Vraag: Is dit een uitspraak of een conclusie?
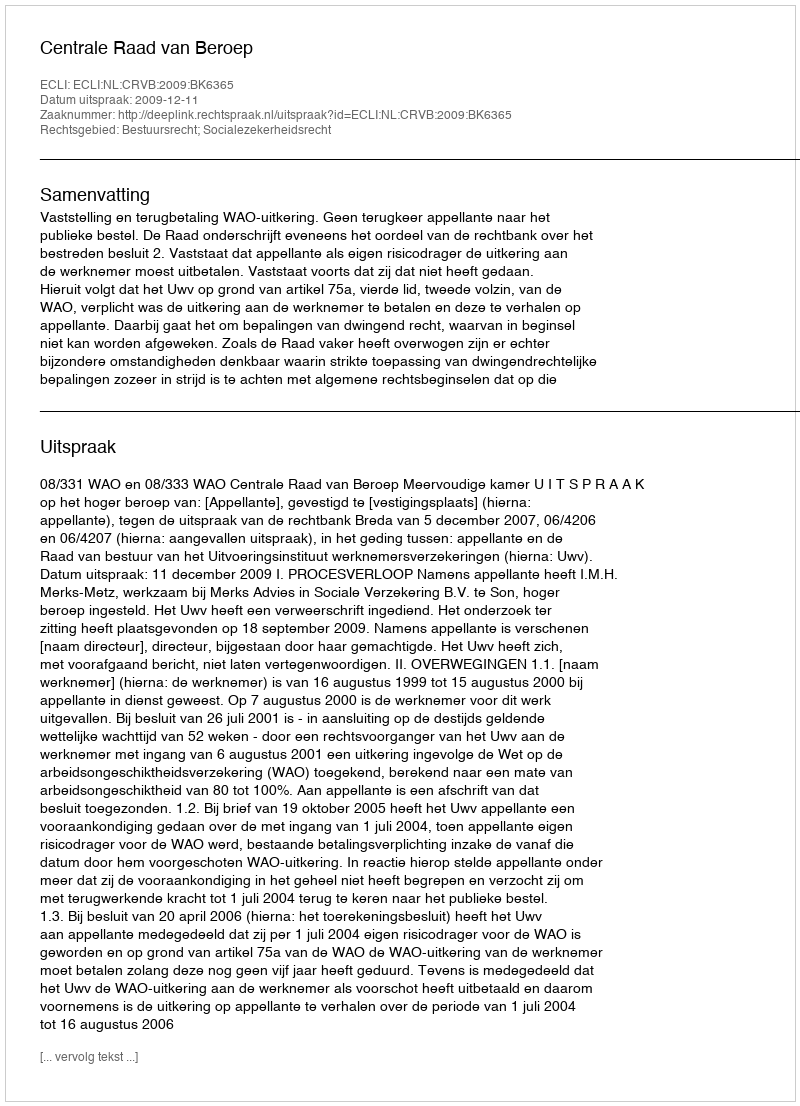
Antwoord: Uitspraak